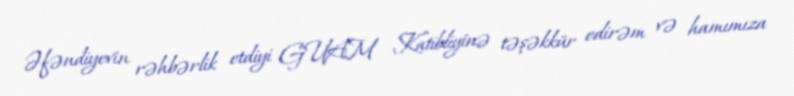
Əfəndiyevin rəhbərlik etdiyi GUAM Katibliyinə təşəkkür edirəm və hamımıza